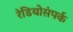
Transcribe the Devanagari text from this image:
रेडियोसंपर्क